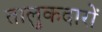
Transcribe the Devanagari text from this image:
तालुकदारों